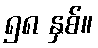
၅၈ နှစ်။